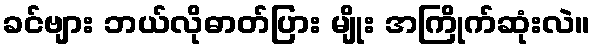
ခင်ဗျား ဘယ်လိုဓာတ်ပြား မျိုး အကြိုက်ဆုံးလဲ။